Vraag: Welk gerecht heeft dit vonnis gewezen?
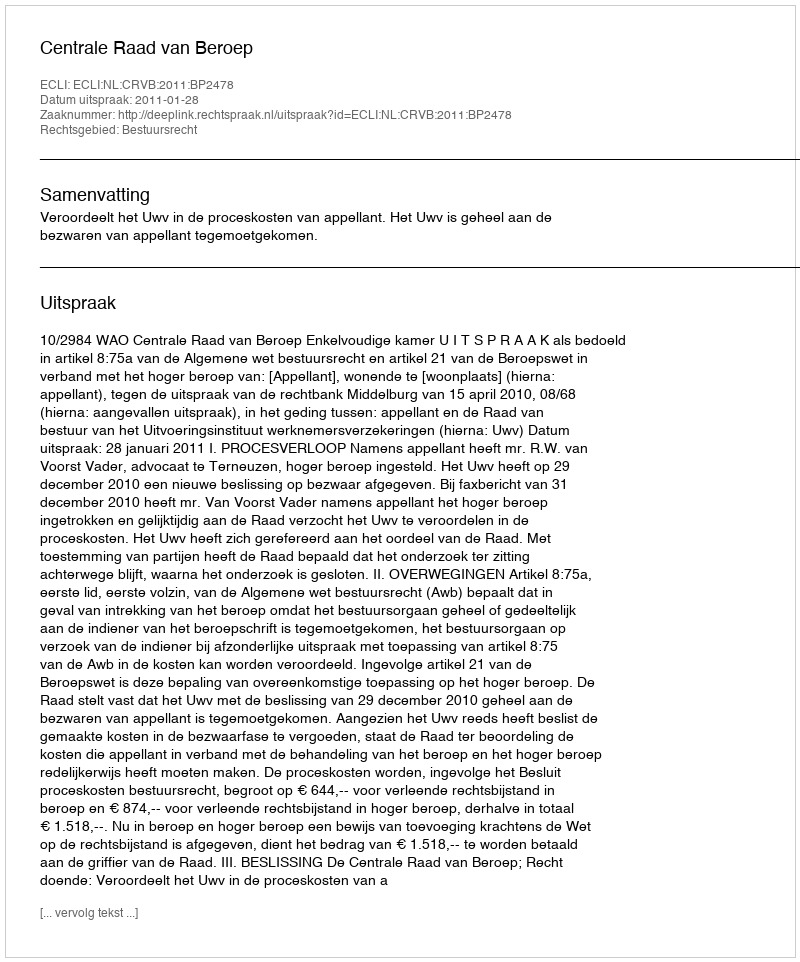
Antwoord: Centrale Raad van Beroep